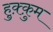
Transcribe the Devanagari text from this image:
हुक़्क़ुम